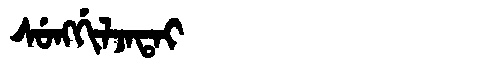
Manchu: ᠰᡠᠩᡤᡳᠯᠵᠠᡨᠠᡳ
Romanization: SUNGGILJATAI